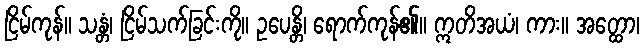
ငြိမ်ကုန်။ သန္တံ၊ ငြိမ်သက်ခြင်းကို။ ဥပေန္တိ၊ ရောက်ကုန်၏။ ဣတိအယံ၊ ကား။ အတ္ထော၊